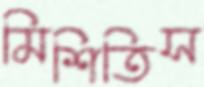
মিশিতিস